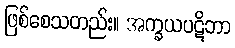
ဖြစ်စေသတည်း။ အက္ခယပဋိဘာ